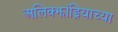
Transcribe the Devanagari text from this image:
अलिक्झांड्रियाच्या